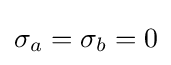
\sigma _{a}=\sigma _{b}=0